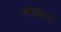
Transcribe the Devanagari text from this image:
हस्स्बिस